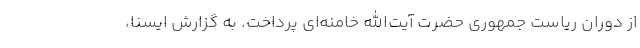
از دوران ریاست جمهوری حضرت آیت‌الله خامنه‌ای پرداخت. به گزارش ایسنا،